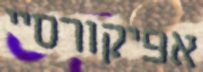
אפיקורסיי